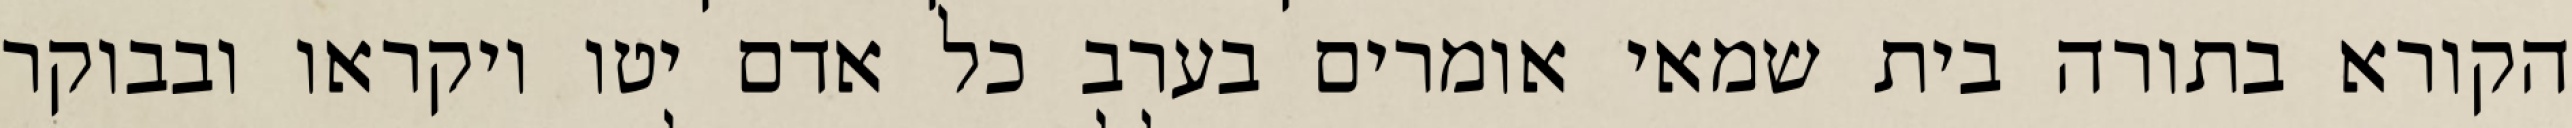
הקורא בתורה בית שמאי אומרים בערב כל אדם יטו ויקראו ובבוקר